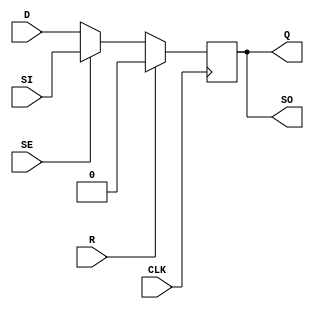
module sdff(R,CLK,SE,SI,D,Q,SO);
input D,SI,SE,CLK,R;
output SO;
output reg Q;
 always@(posedge CLK)
 begin
	 if (R==1)
		 Q=0;
	 else
		 Q=(SE?SI:D);
 end
assign SO=Q;
endmodule